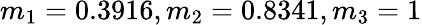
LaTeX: m_{1}=0.3916,m_{2}=0.8341,m_{3}=1